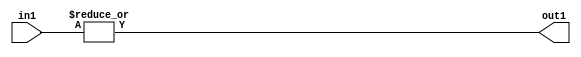
`timescale 1ps / 1ps
/*****************************************************************************
    Verilog RTL Description
    
    
    Created by: Stratus DpOpt 2019.1.01 
*******************************************************************************/

module st_feature_addr_gen_OrReduction_4U_1U_4_1 (
	in1,
	out1
	); /* architecture "behavioural" */ 
input [3:0] in1;
output  out1;
wire  asc001;

assign asc001 = 
	(|in1);

assign out1 = asc001;
endmodule

/* CADENCE  urb4TAs= : u9/ySgnWtBlWxVPRXgAZ4Og= ** DO NOT EDIT THIS LINE ******/